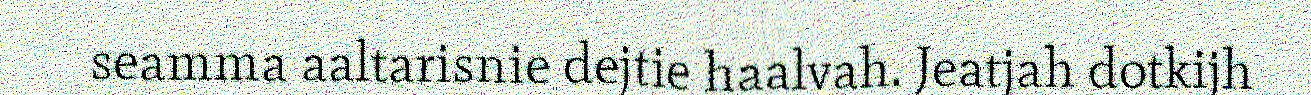
seamma aaltarisnie dejtie haalvah. Jeatjah dotkijh